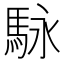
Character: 𲋶